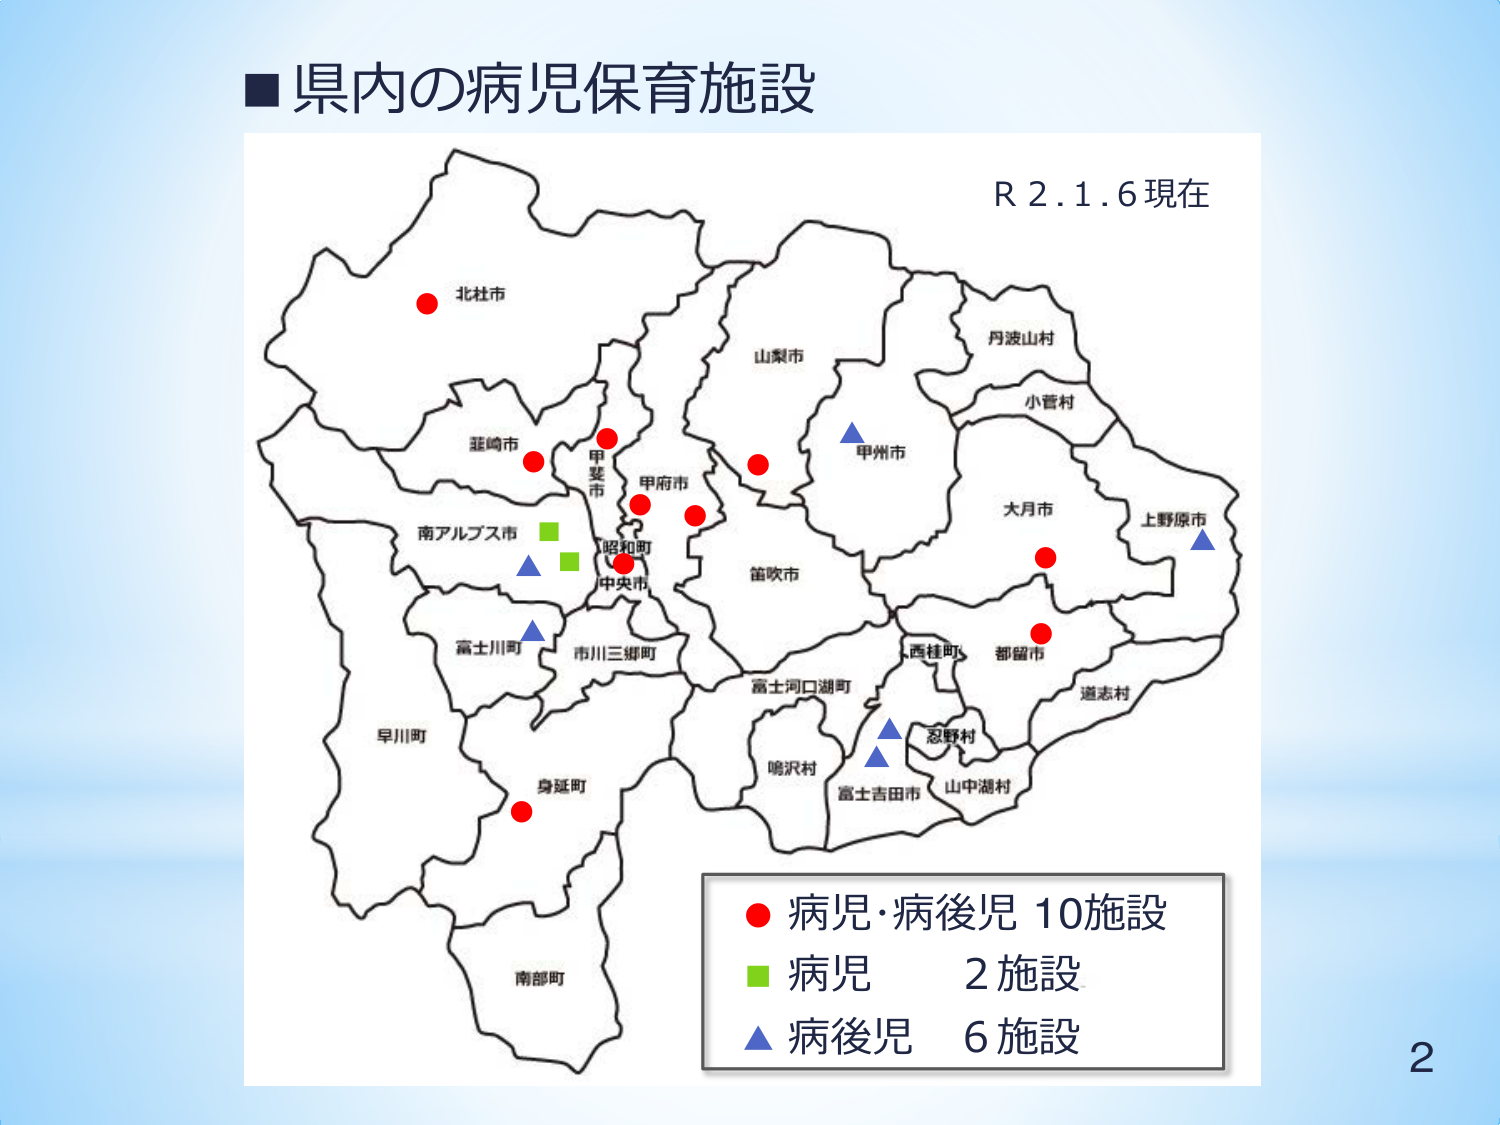
■県内の病児保育施設
R 2.1.6 現在
北杜市
韮崎市
甲斐市
甲府市
昭和町
中央市
南アルプス市
富士川町
早川町
身延町
南部町
山梨市
丹波山村
小菅村
甲州市
大月市
上野原市
笛吹市
西桂町
都留市
道志村
忍野村
山中湖村
富士河口湖町
鳴沢村
富士吉田市
市川三郷町
● 病児・病後児 10施設
■ 病児 2施設
▲ 病後児 6施設
2